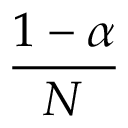
\frac { 1 - \alpha } { N }